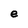
Character: e